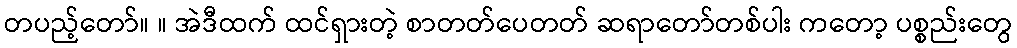
တပည့်တော်။ ။ အဲဒီထက် ထင်ရှားတဲ့ စာတတ်ပေတတ် ဆရာတော်တစ်ပါး ကတော့ ပစ္စည်းတွေ